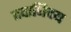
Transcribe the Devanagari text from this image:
तदाधिक्य